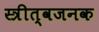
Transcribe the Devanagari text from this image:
स्त्रीत्वजनक